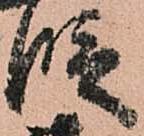
段